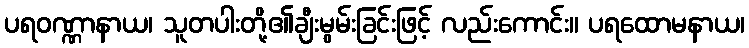
ပရဝဏ္ဏာနာယ၊ သူတပါးတို့၏ချီးမွမ်းခြင်းဖြင့် လည်းကောင်း။ ပရထောမနာယ၊